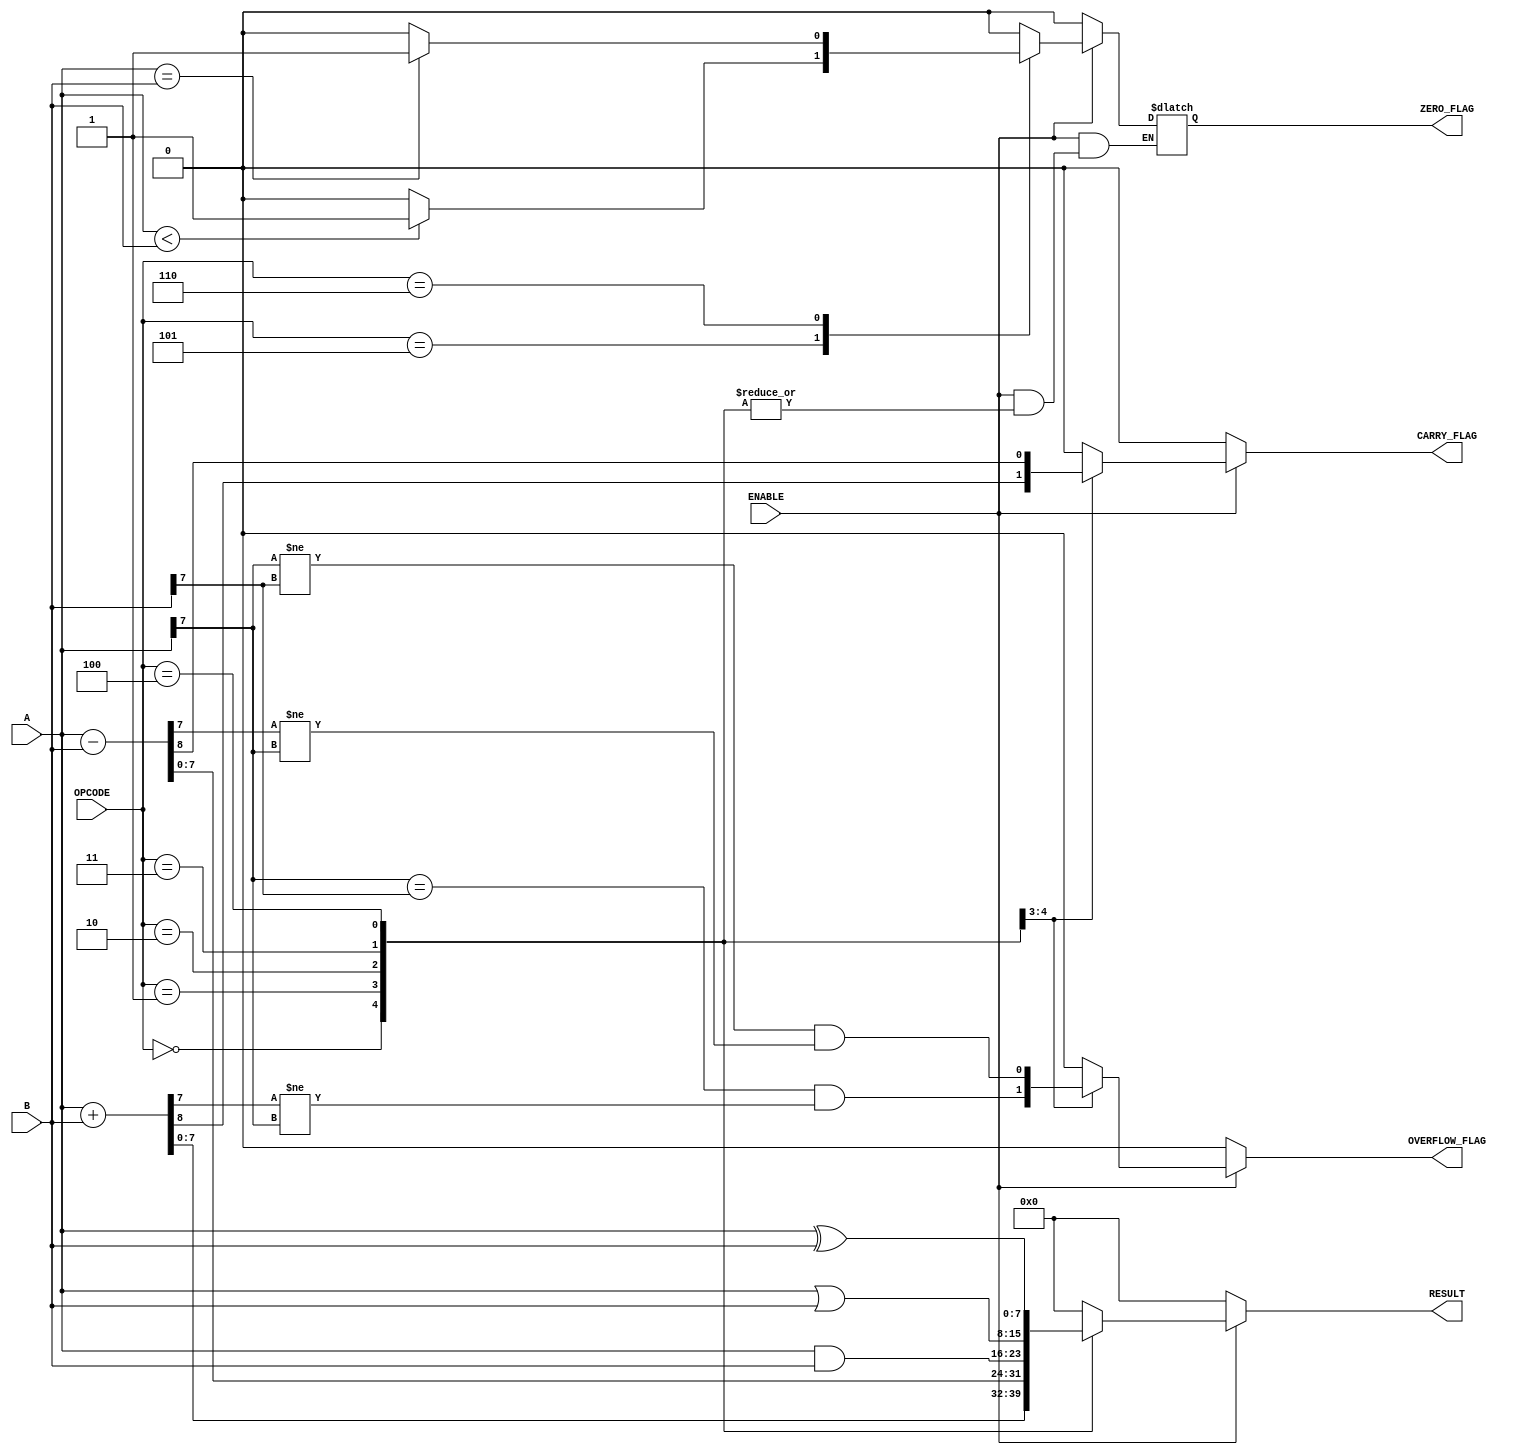
module parameterized_alu #(
    parameter DATA_WIDTH = 8 // Default data width is 8 bits
)(
    input  wire [DATA_WIDTH-1:0] A,        // First operand
    input  wire [DATA_WIDTH-1:0] B,        // Second operand
    input  wire [2:0] OPCODE,               // Operation code
    input  wire ENABLE,                      // Enable signal
    output reg  [DATA_WIDTH-1:0] RESULT,    // Result of the operation
    output reg  ZERO_FLAG,                  // Zero flag
    output reg  CARRY_FLAG,                 // Carry flag
    output reg  OVERFLOW_FLAG                // Overflow flag
);

    // Internal signals
    wire [DATA_WIDTH:0] ADD_RESULT;         // For carry detection in addition
    wire [DATA_WIDTH:0] SUB_RESULT;         // For borrow detection in subtraction

    // Perform operations based on OPCODE
    always @(*) begin
        if (ENABLE) begin
            case (OPCODE)
                3'b000: begin // Addition
                    ADD_RESULT = A + B;
                    RESULT = ADD_RESULT[DATA_WIDTH-1:0];
                    CARRY_FLAG = ADD_RESULT[DATA_WIDTH]; // Carry out
                    OVERFLOW_FLAG = (A[DATA_WIDTH-1] == B[DATA_WIDTH-1]) && (RESULT[DATA_WIDTH-1] != A[DATA_WIDTH-1]);
                end
                3'b001: begin // Subtraction
                    SUB_RESULT = A - B;
                    RESULT = SUB_RESULT[DATA_WIDTH-1:0];
                    CARRY_FLAG = SUB_RESULT[DATA_WIDTH]; // Borrow detection
                    OVERFLOW_FLAG = (A[DATA_WIDTH-1] != B[DATA_WIDTH-1]) && (RESULT[DATA_WIDTH-1] != A[DATA_WIDTH-1]);
                end
                3'b010: begin // Bitwise AND
                    RESULT = A & B;
                    CARRY_FLAG = 1'b0;
                    OVERFLOW_FLAG = 1'b0;
                end
                3'b011: begin // Bitwise OR
                    RESULT = A | B;
                    CARRY_FLAG = 1'b0;
                    OVERFLOW_FLAG = 1'b0;
                end
                3'b100: begin // Bitwise XOR
                    RESULT = A ^ B;
                    CARRY_FLAG = 1'b0;
                    OVERFLOW_FLAG = 1'b0;
                end
                3'b101: begin // Comparison: A < B
                    RESULT = 0; // Result is not used for comparison
                    CARRY_FLAG = 1'b0;
                    OVERFLOW_FLAG = 1'b0;
                    ZERO_FLAG = (A < B) ? 1'b1 : 1'b0;
                end
                3'b110: begin // Comparison: A == B
                    RESULT = 0; // Result is not used for comparison
                    CARRY_FLAG = 1'b0;
                    OVERFLOW_FLAG = 1'b0;
                    ZERO_FLAG = (A == B) ? 1'b1 : 1'b0;
                end
                default: begin // Default case
                    RESULT = 0;
                    CARRY_FLAG = 1'b0;
                    OVERFLOW_FLAG = 1'b0;
                    ZERO_FLAG = 1'b0;
                end
            endcase
        end else begin
            // When disabled, output default values
            RESULT = 0;
            CARRY_FLAG = 1'b0;
            OVERFLOW_FLAG = 1'b0;
            ZERO_FLAG = 1'b0;
        end
    end

endmodule